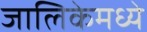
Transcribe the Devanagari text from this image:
जालिकेमध्ये